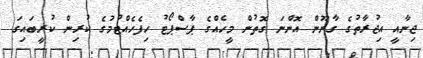
ޖިނާއީ އިޖުރާތުގެ ގާނޫން އޮންނަ ގޮތުން މީހެއްގެ ޕާސްޕޯޓު ހިފެހެއްޓުމުގެ ކުރިން ކުރީބައިގަ